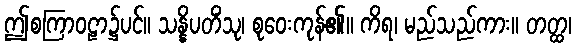
ဤစကြာဝဠာ၌ပင်။ သန္နိပတိံသု၊ စုဝေးကုန်၏။ ကိရ၊ မည်သည်ကား။ တတ္ထ၊